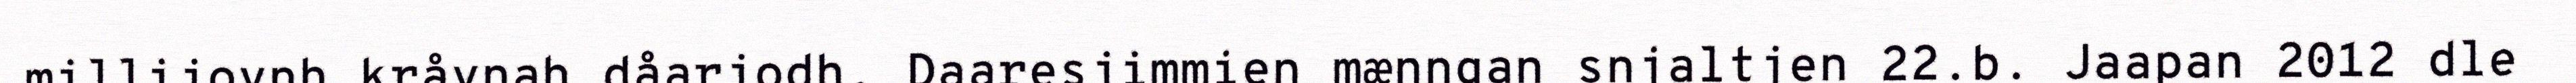
millijovnh kråvnah dåarjodh. Daaresjimmien mænngan snjaltjen 22.b. Jaapan 2012 dle